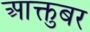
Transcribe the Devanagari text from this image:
आक्तुबर